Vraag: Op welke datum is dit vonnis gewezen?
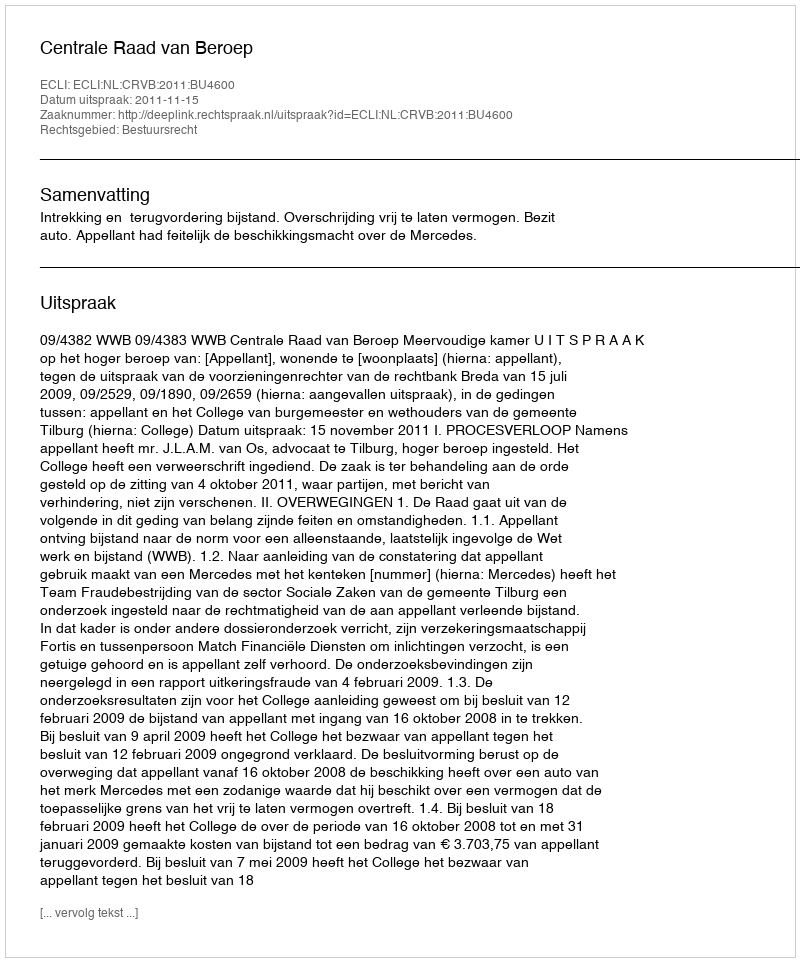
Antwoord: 2011-11-15